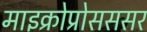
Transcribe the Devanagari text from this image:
माइक्रोप्रोसससर